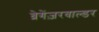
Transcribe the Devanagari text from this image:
ब्रेगेंज़रवाल्डर